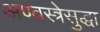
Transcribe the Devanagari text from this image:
अण्वस्त्रेसुद्धा